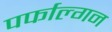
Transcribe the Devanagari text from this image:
पर्फाल्गन